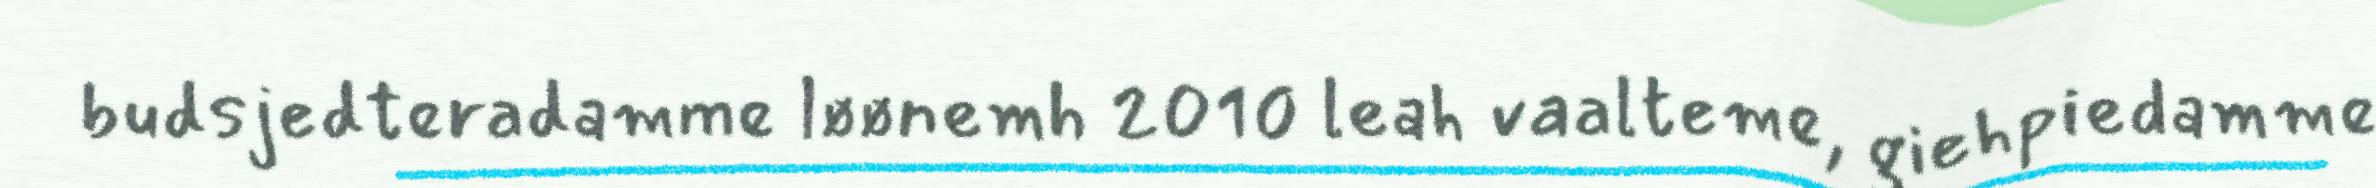
budsjedteradamme løønemh 2010 leah vaalteme, giehpiedamme